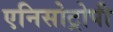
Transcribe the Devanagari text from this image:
एनिसोट्रोपी